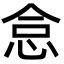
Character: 𢙅